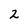
Character: 2